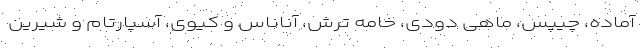
آماده، چیپس، ماهی دودی، خامه ترش، آناناس و کیوی، آسپارتام و شیرین